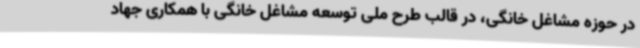
در حوزه مشاغل خانگی، در قالب طرح ملی توسعه مشاغل خانگی با همکاری جهاد